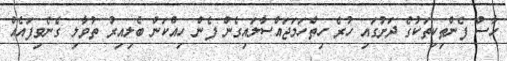
ހާސް ފެންތިކިތަކުގެ ދަށުގައި ހުރެ ހިތްހަމަޖައްސާލައިގެން ފެން ހިއްކަން ބެލިއިރު ތުވާލި ގެނެވިފައެއް